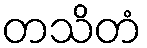
တသိတံ